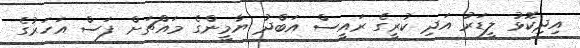
އިދިކޮޅު ލީޑަރު އަދި ކުރީގެ ރައީސް އަބްދު ޔާމީންގެ މައްޗަށް ފަސް އަހަރުގެ